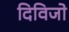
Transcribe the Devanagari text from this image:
दिविजो